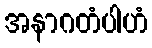
အနာဂတံပါဟံ